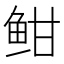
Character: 𫠐